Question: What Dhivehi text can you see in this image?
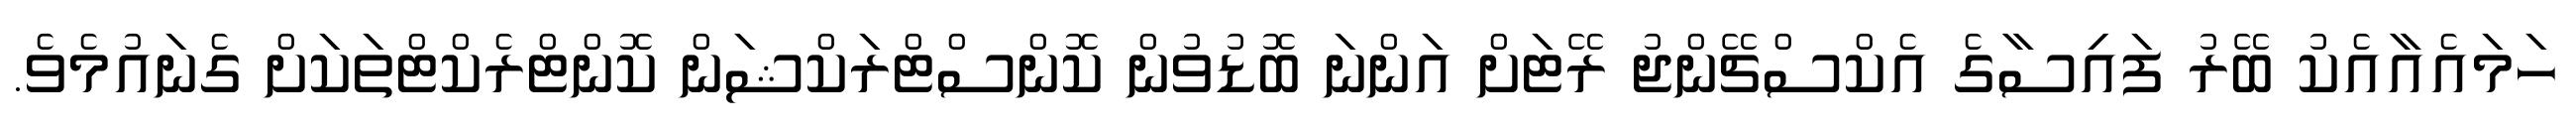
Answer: ހަމައެއާއެކު ބޭރު ފައިސާގެ އެކްސްޗޭންޖު ރޭޓަށް އަންނަ ބޮޑުވުން ކޮންސްޓްރަކްޝަން ކޮންޓްރެކްޓްތަކަށް ގެނައުމެވެ.